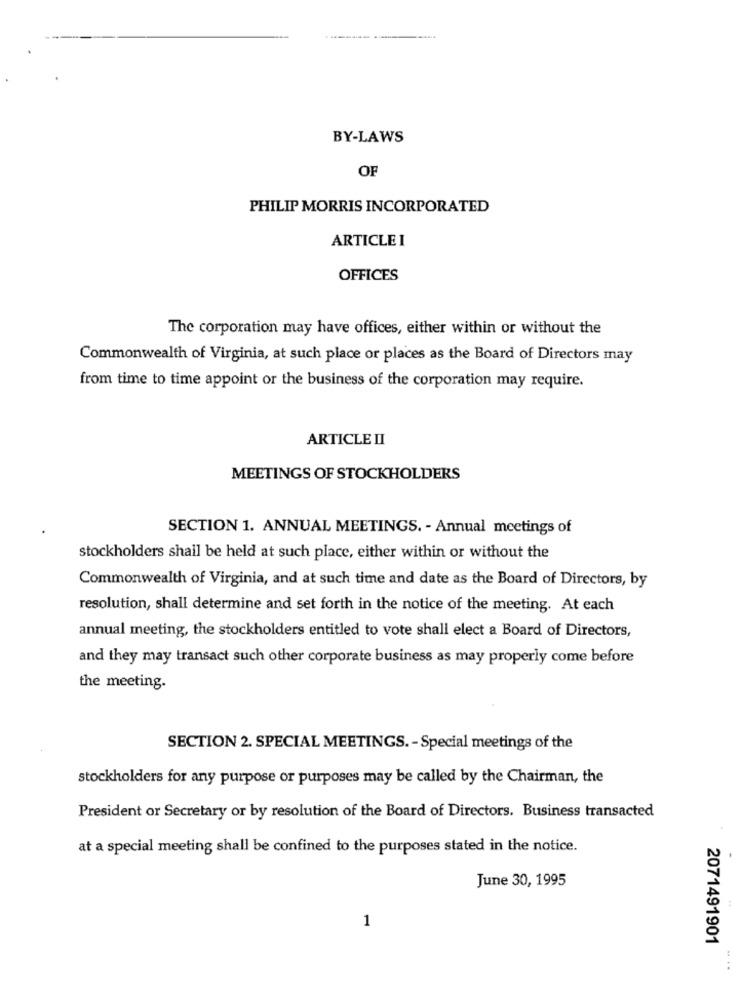
BY-LAWS
OF
PHILIP MORRIS INCORPORATED
ARTICLEI
OFFICES
The corporation may have offices, either within or without the
Commonwealth of Virginia, at such place or places as the Board of Directors may
from time to time appoint or the business of the corporation may require.
ARTICLE II
MEETINGS OF STOCKHOLDERS
SECTION 1. ANNUAL MEETINGS. - Annual meetings of
stockholders shall be held at such place, either within or without the
Commonwealth of Virginia, and at such time and date as the Board of Directors, by
resolution, shall determine and set forth in the notice of the meeting. At each
annual meeting, the stockholders entitled to vote shall elect a Board of Directors,
and they may transact such other corporate business as may properly come before
the meeting.
SECTION 2. SPECIAL MEETINGS. - Special meetings of the
stockholders for any purpose or purposes may be called by the Chairman, the
President or Secretary or by resolution of the Board of Directors. Business transacted
at a special meeting shall be confined to the purposes stated in the notice.
June 30, 1995
1
2071491901
.....